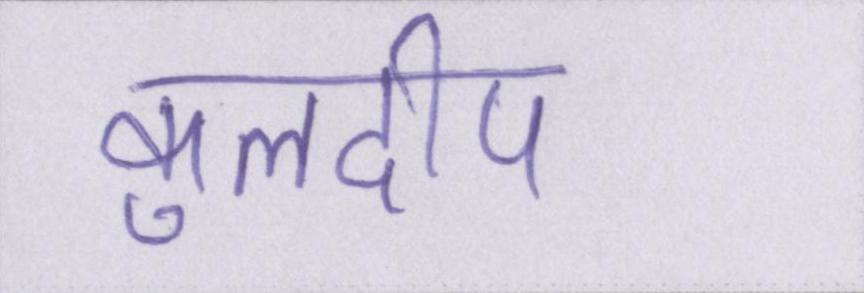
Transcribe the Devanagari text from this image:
कुलदीप